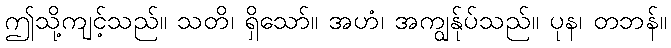
ဤသို့ကျင့်သည်။ သတိ၊ ရှိသော်။ အဟံ၊ အကျွန်ုပ်သည်။ ပုန၊ တဘန်။